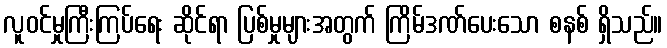
လူဝင်မှုကြီးကြပ်ရေး ဆိုင်ရာ ပြစ်မှုများအတွက် ကြိမ်ဒဏ်ပေးသော စနစ် ရှိသည်။